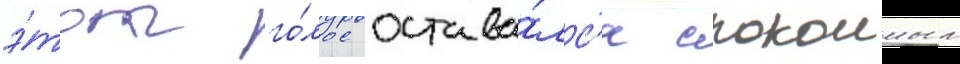
э́тот го́лос остава́лс'я спокоиным